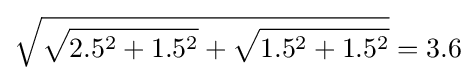
{\sqrt {{\sqrt {2.5^{2}+1.5^{2}}}+{\sqrt {1.5^{2}+1.5^{2}}}}}=3.6